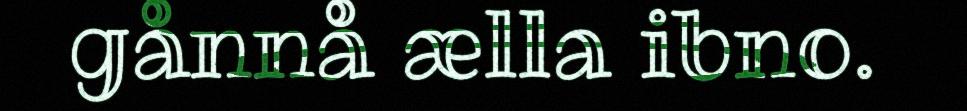
gånnå ælla ibno.